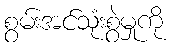
စွမ်းအင်သုံးစွဲမှုကို